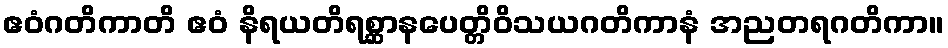
ဧဝံဂတိကာတိ ဧဝံ နိရယတိရစ္ဆာနပေတ္တိဝိသယဂတိကာနံ အညတရဂတိကာ။